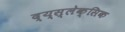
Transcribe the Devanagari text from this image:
द्य्स्लेक्सिक